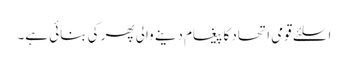
اسلئے قومی اتحاد کا پیغام دینے والی پھر کی بنائی ہے۔